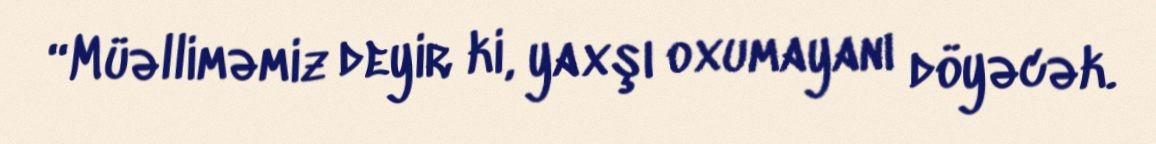
“Müəlliməmiz deyir ki, yaxşı oxumayanı döyəcək.